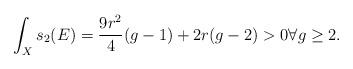
LaTeX: \begin{align*}\int_X s_2(E) = \frac{9 r^2}{4} (g - 1) + 2 r (g - 2) >0 \forall g\geq 2.\end{align*}